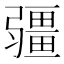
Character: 𭛌